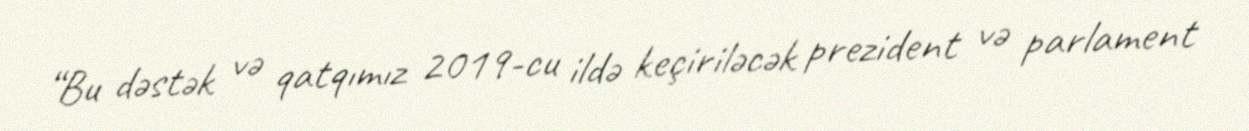
“Bu dəstək və qatqımız 2019-cu ildə keçiriləcək prezident və parlament